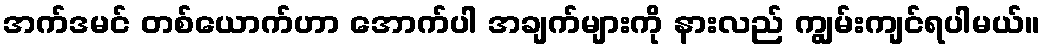
အက်ဒမင် တစ်ယောက်ဟာ အောက်ပါ အချက်များကို နားလည် ကျွမ်းကျင်ရပါမယ်။